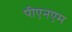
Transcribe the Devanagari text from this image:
पीएनएम